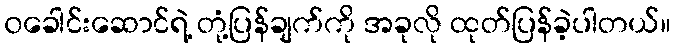
၀ခေါင်းဆောင်ရဲ့ တုံ့ပြန်ချက်ကို အခုလို ထုတ်ပြန်ခဲ့ပါတယ်။